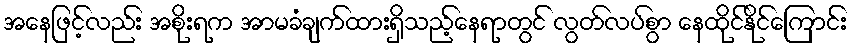
အနေဖြင့်လည်း အစိုးရက အာမခံချက်ထားရှိသည့်နေရာတွင် လွတ်လပ်စွာ နေထိုင်နိုင်ကြောင်း